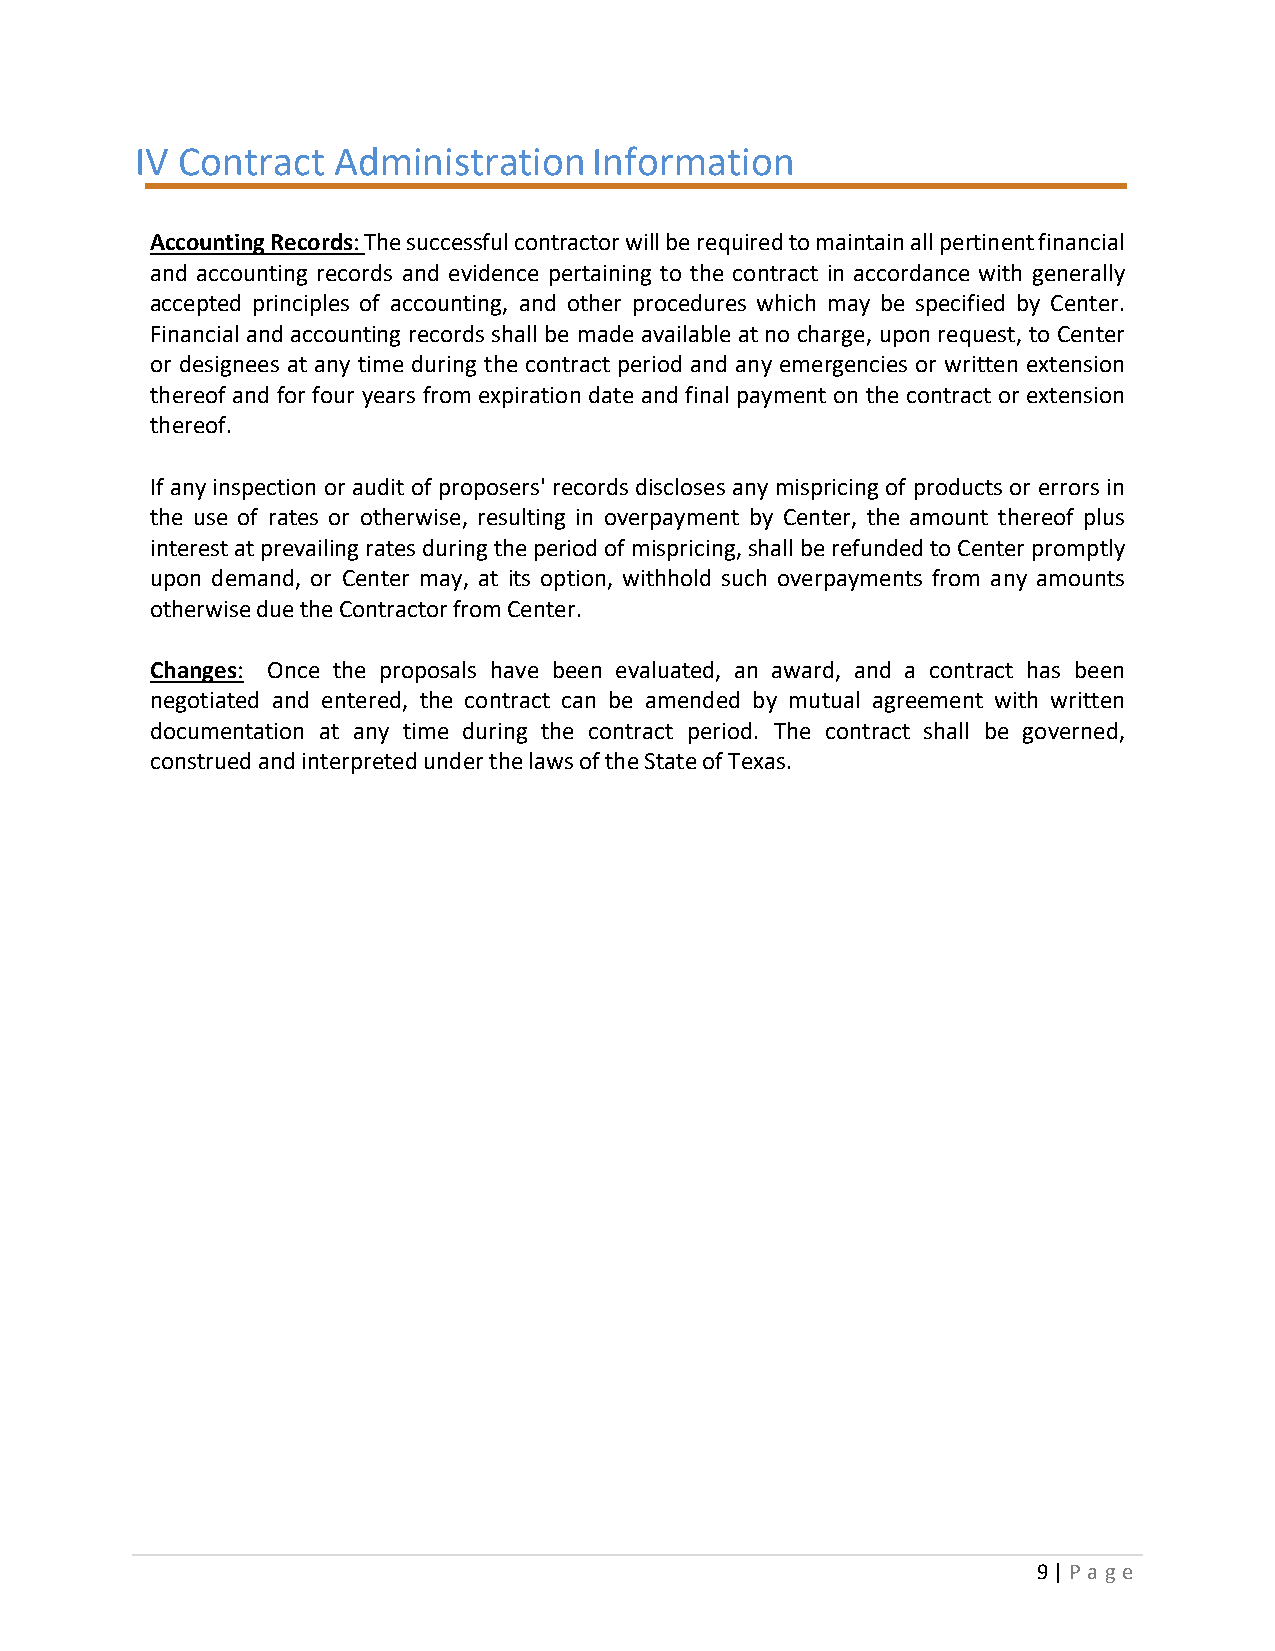
IV Contract  Administration   Information
 Accounting Records: The successful contractor will be required to maintain all pertinent financial
 and accounting records and evidence pertaining to the contract in accordance with generally
 accepted principles of accounting, and other procedures which may be specified by Center.
 Financial and accounting records shall be made available at no charge, upon request, to Center
 or designees at any time during the contract period and any emergencies or written extension
 thereof and for four years from expiration date and final payment on the contract or extension
 thereof.
 If any inspection or audit of proposers' records discloses any mispricing of products or errors in
 the use of rates or otherwise, resulting in overpayment by Center, the amount thereof plus
 interest at prevailing rates during the period of mispricing, shall be refunded to Center promptly
 upon demand, or Center may, at its option, withhold such overpayments from any amounts
 otherwise due the Contractor from Center.
 Changes: Once the proposals have been evaluated, an award, and a contract has been
 negotiated and entered, the contract can be amended by mutual agreement with written
 documentation at any time during the contract period. The contract shall be governed,
 construed and interpreted under the laws of the State of Texas.
 9 | P a g e